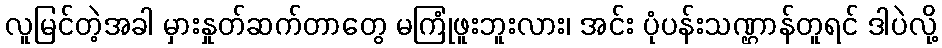
လူမြင်တဲ့အခါ မှားနှုတ်ဆက်တာတွေ မကြုံဖူးဘူးလား၊ အင်း ပုံပန်းသဏ္ဌာန်တူရင် ဒါပဲလို့